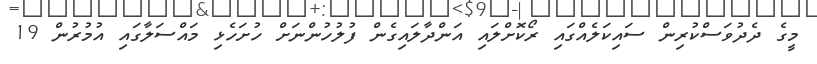
މީގެ ދެދުވަސްކުރިން ސައިކަލެއްގައި ރޯކޮށްލައި އަންދާލައިގެން ފުލުހުންނަށް ހުށަހެޅި މައްސަލާގައި އުމުރުން 19